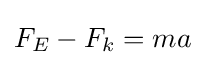
F_{E}-F_{k}=ma